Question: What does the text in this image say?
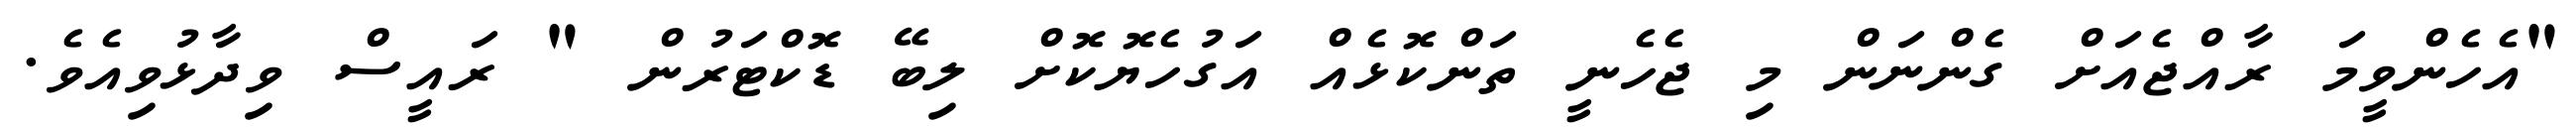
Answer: "އެހެންވީމަ ރާއްޖެއަށް ގެންނަން މި ޖެހެނީ ތަންކޮޅެއް އަގުހެޔޮކޮށް ލިބޭ ޑޮކްޓަރުން " ރައީސް ވިދާޅުވިއެވެ.